画像に写った文字を読んでください
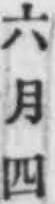
「六月四」と書いてあります